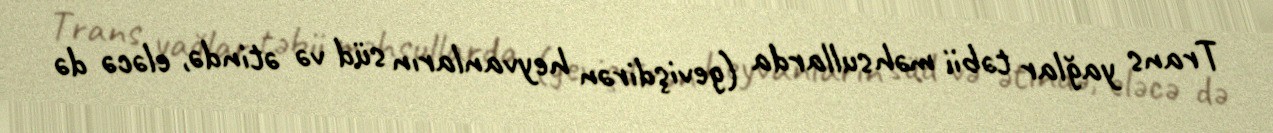
Trans yağlar təbii məhsullarda (gevişdirən heyvanların süd və ətində, eləcə də